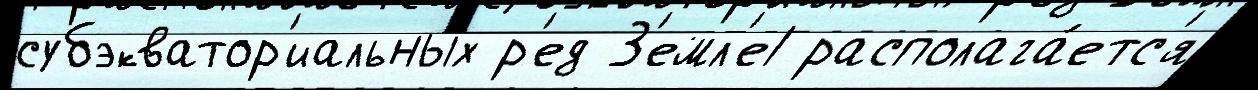
субэкватор'иальных р'ед З'емл'е1 располага́етс'я